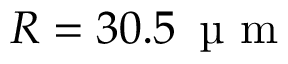
R = 3 0 . 5 \, \mathrm { ~ \textmu ~ m ~ }